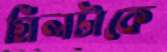
গ্রিলটাকে